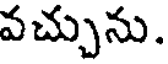
వచ్చును.